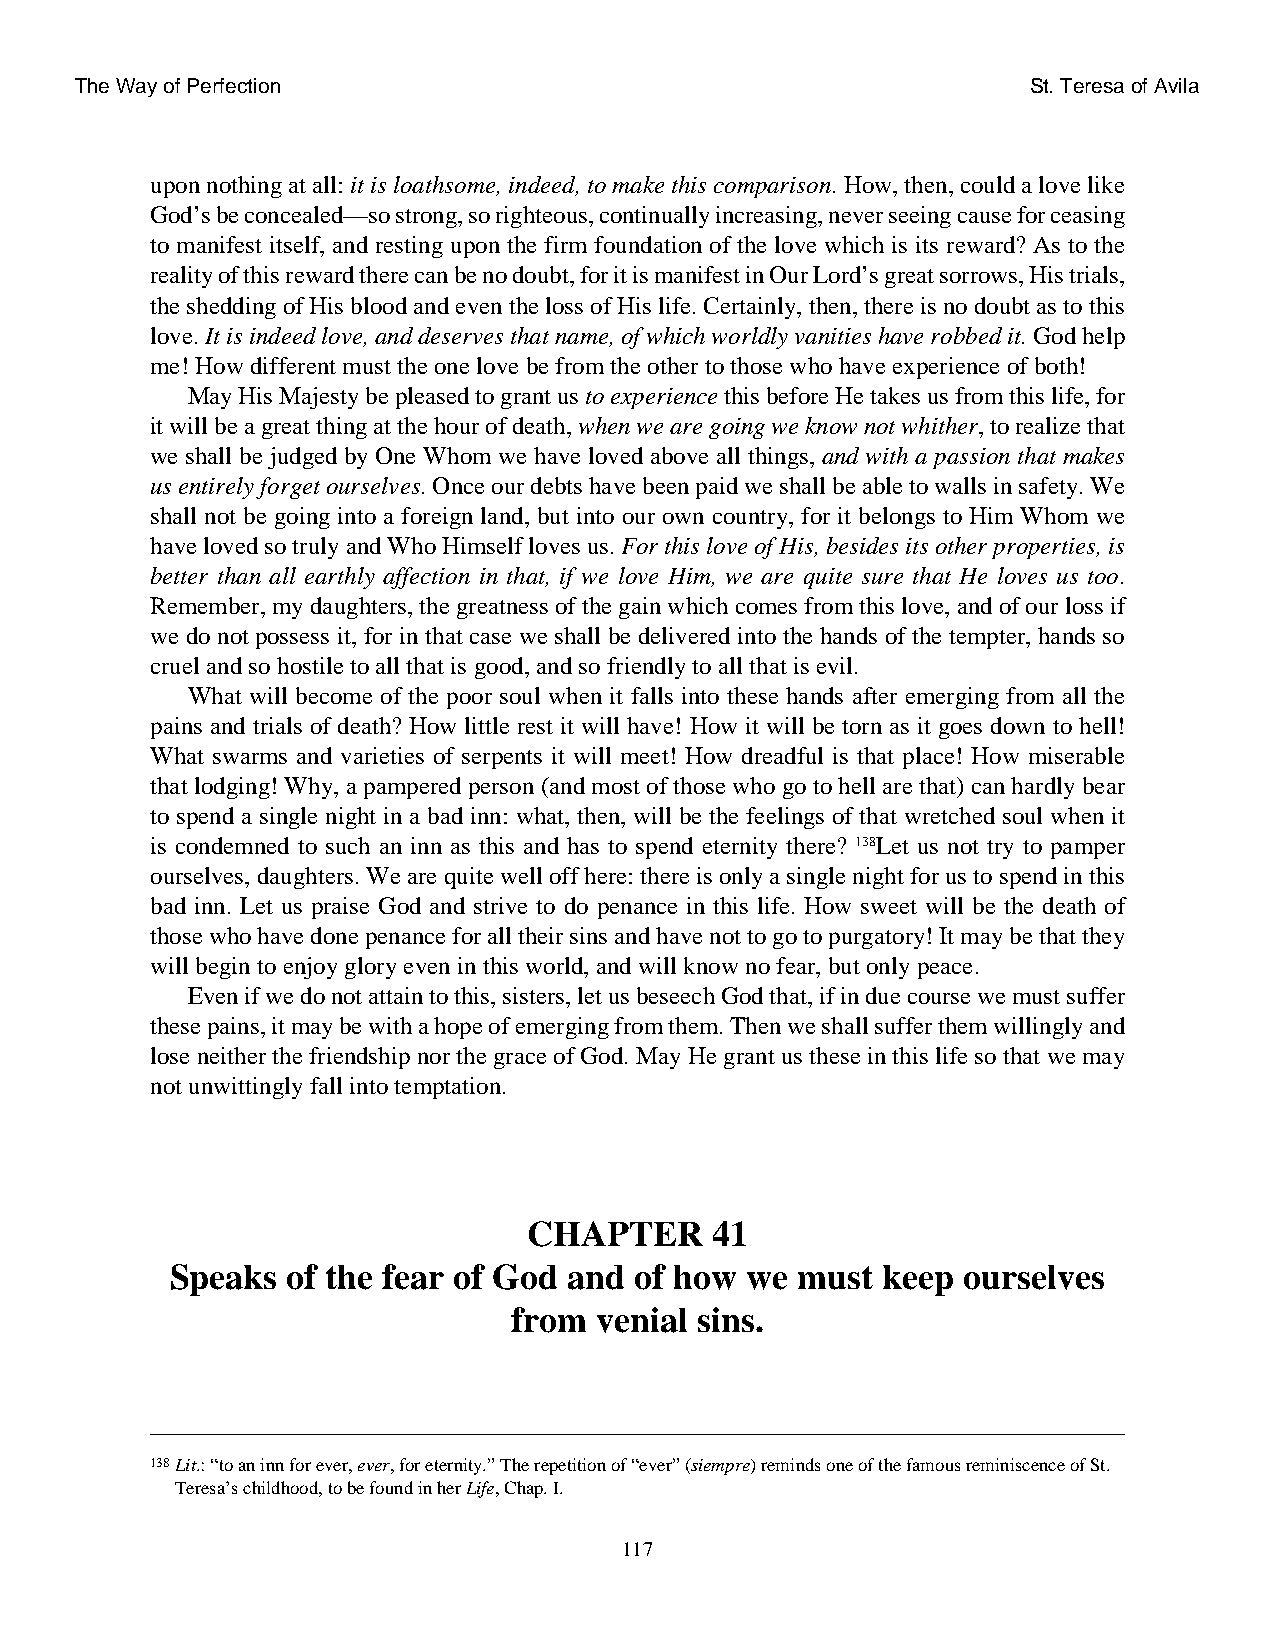
The Way of Perfection                                          St. Teresa of Avila
 upon nothing at all: it is loathsome, indeed, to make this comparison. How, then, could a love like
 God’s be concealed—so strong, so righteous, continually increasing, never seeing cause for ceasing
 to manifest itself, and resting upon the firm foundation of the love which is its reward? As to the
 reality of this reward there can be no doubt, for it is manifest in Our Lord’s great sorrows, His trials,
 the shedding of His blood and even the loss of His life. Certainly, then, there is no doubt as to this
 love. It is indeed love, and deserves that name, of which worldly vanities have robbed it. God help
 me! How different must the one love be from the other to those who have experience of both!
 May His Majesty be pleased to grant us to experience this before He takes us from this life, for
 it will be a great thing at the hour of death, when we are going we know not whither, to realize that
 we shall be judged by One Whom we have loved above all things, and with a passion that makes
 us entirely forget ourselves. Once our debts have been paid we shall be able to walls in safety. We
 shall not be going into a foreign land, but into our own country, for it belongs to Him Whom we
 have loved so truly and Who Himself loves us. For this love of His, besides its other properties, is
 better than all earthly affection in that, if we love Him, we are quite sure that He loves us too.
 Remember, my daughters, the greatness of the gain which comes from this love, and of our loss if
 we do not possess it, for in that case we shall be delivered into the hands of the tempter, hands so
 cruel and so hostile to all that is good, and so friendly to all that is evil.
 What will become of the poor soul when it falls into these hands after emerging from all the
 pains and trials of death? How little rest it will have! How it will be torn as it goes down to hell!
 What swarms and varieties of serpents it will meet! How dreadful is that place! How miserable
 that lodging! Why, a pampered person (and most of those who go to hell are that) can hardly bear
 to spend a single night in a bad inn: what, then, will be the feelings of that wretched soul when it
 is condemned to such an inn as this and has to spend eternity there? 138Let us not try to pamper
 ourselves, daughters. We are quite well off here: there is only a single night for us to spend in this
 bad inn. Let us praise God and strive to do penance in this life. How sweet will be the death of
 those who have done penance for all their sins and have not to go to purgatory! It may be that they
 will begin to enjoy glory even in this world, and will know no fear, but only peace.
 Even if we do not attain to this, sisters, let us beseech God that, if in due course we must suffer
 these pains, it may be with a hope of emerging from them. Then we shall suffer them willingly and
 lose neither the friendship nor the grace of God. May He grant us these in this life so that we may
 not unwittingly fall into temptation.
 CHAPTER     41
 Speaks  of the fear of God and of how we  must keep  ourselves
 from venial sins.
 138Lit.: “to an inn for ever, ever, for eternity.” The repetition of “ever” (siempre) reminds one of the famous reminiscence of St.
 Teresa’s childhood, to be found in her Life, Chap. I.
 117